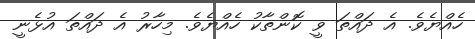
ހެއްޔެވެ. އެ ދައްތަ ވީ ކޮންތާކު ހެއްޔެވެ. މިހާރު އެ ދައްތަ އުޅެނީ